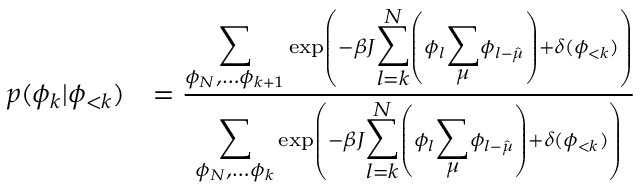
\begin{array} { r l } { p ( \phi _ { k } | \phi _ { < k } ) } & { = \frac { { \displaystyle \sum _ { \phi _ { N } , \dots \phi _ { k + 1 } } } \exp \left( - \beta J { \displaystyle \sum _ { l = k } ^ { N } } \left( \phi _ { l } { \displaystyle \sum _ { \mu } } \phi _ { l - \hat { \mu } } \right) + \delta ( \phi _ { < k } ) \right) } { { \displaystyle \sum _ { \phi _ { N } , \dots \phi _ { k } } } \exp \left( - \beta J { \displaystyle \sum _ { l = k } ^ { N } } \left( \phi _ { l } { \displaystyle \sum _ { \mu } } \phi _ { l - \hat { \mu } } \right) + \delta ( \phi _ { < k } ) \right) } } \end{array}